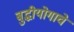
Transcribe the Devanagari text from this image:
बुद्धीयोगाचे